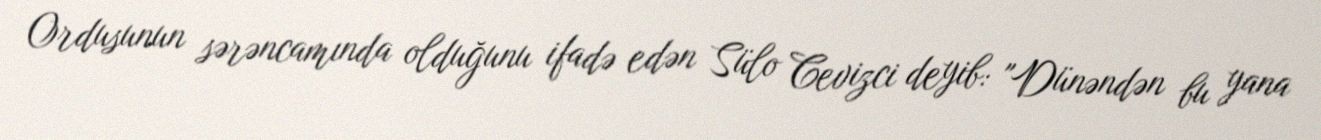
Ordusunun sərəncamında olduğunu ifadə edən Sülo Cevizci deyib: "Dünəndən bu yana